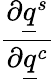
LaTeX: \frac{\partial\underline{{q}}^{s}}{\partial\underline{{q}}^{c}}